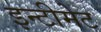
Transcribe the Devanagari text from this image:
इन्टीमेट